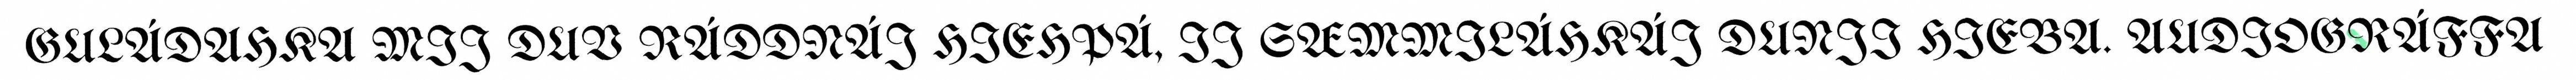
GULÁDAHKA MIJ DUV RÁDDNÁJ HIEHPÁ, IJ SÆMMILÁHKÁJ DUNJI HIEBA. AUDIOGRÁFFA